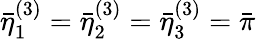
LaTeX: \bar{\eta}_{1}^{(3)}=\bar{\eta}_{2}^{(3)}=\bar{\eta}_{3}^{(3)}=\bar{\pi}